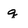
Character: q